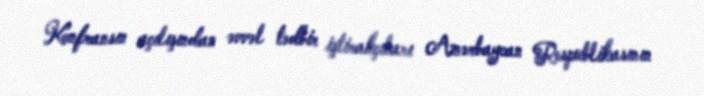
Konfransın açılışından əvvəl tədbir iştirakçıları Azərbaycan Respublikasının